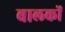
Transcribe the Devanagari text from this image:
बालकोंं